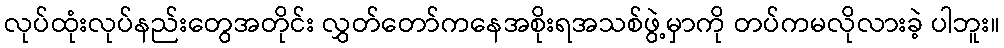
လုပ်ထုံးလုပ်နည်းတွေအတိုင်း လွှတ်တော်ကနေအစိုးရအသစ်ဖွဲ့မှာကို တပ်ကမလိုလားခဲ့ ပါဘူး။